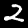
Label: 2